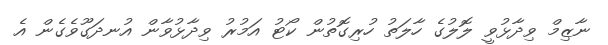
ނާޒިމް ވިދާޅުވީ ލޮލުގެ ހާލަތު ހުރިގޮތުން ކޯޓު އަމުރު ވިދާޅުވާން އުނދަގޫވެގެން އެ